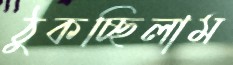
ঠুকচ্ছিলাম